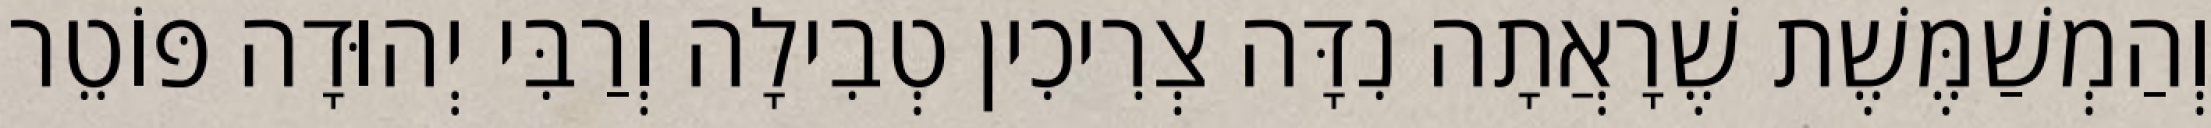
וְהַמְשַׁמֶּשֶׁת שֶׁרָאֲתָה נִדָּה צְרִיכִין טְבִילָה וְרַבִּי יְהוּדָה פּוֹטֵר